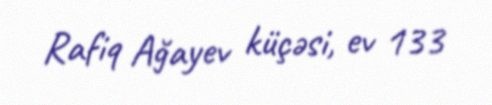
Rafiq Ağayev küçəsi, ev 133